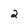
Character: 2